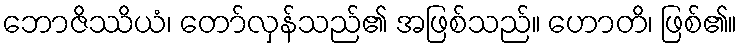
ဘောဇိဿိယံ၊ တော်လှန်သည်၏ အဖြစ်သည်။ ဟောတိ၊ ဖြစ်၏။